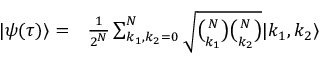
\begin{array} { r l } { | \psi ( \tau ) \rangle = } & { { } \frac { 1 } { 2 ^ { N } } \sum _ { k _ { 1 } , k _ { 2 } = 0 } ^ { N } \sqrt { \binom { N } { k _ { 1 } } \binom { N } { k _ { 2 } } } | k _ { 1 } , k _ { 2 } \rangle } \end{array}